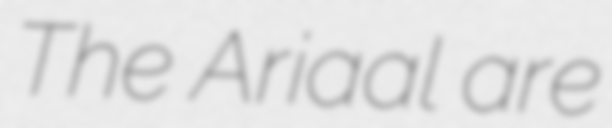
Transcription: The Ariaal are